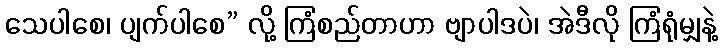
သေပါစေ၊ ပျက်ပါစေ” လို့ ကြံစည်တာဟာ ဗျာပါဒပဲ၊ အဲဒီလို ကြံရုံမျှနဲ့